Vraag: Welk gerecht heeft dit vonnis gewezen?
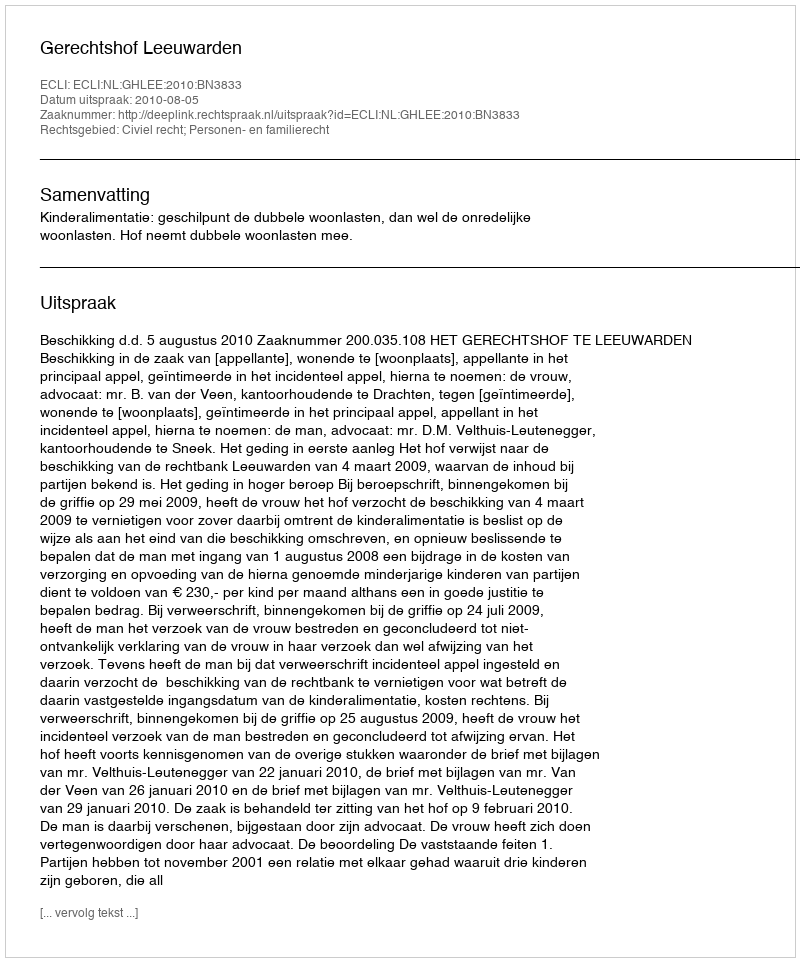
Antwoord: Gerechtshof Leeuwarden